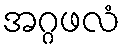
အဂ္ဂဖလံ